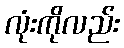
လုံးကိုလည်း